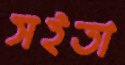
সইতা